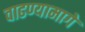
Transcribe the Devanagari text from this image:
वाढण्यामागे